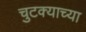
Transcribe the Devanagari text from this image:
चुटक्याच्या